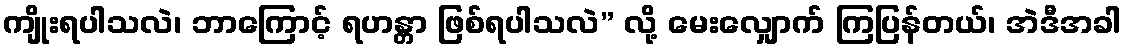
ကျိုးရပါသလဲ၊ ဘာကြောင့် ရဟန္တာ ဖြစ်ရပါသလဲ” လို့ မေးလျှောက် ကြပြန်တယ်၊ အဲဒီအခါ